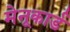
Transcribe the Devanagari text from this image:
मेनूकार्ड